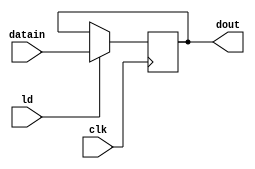
module pipo1(input[15:0] datain,
input ld,clk,
output reg[15:0] dout
);
always@(posedge clk)
if(ld) dout <= datain;
endmodule